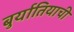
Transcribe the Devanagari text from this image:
बुर्यातियाची